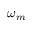
\omega _ { m }